Vaccination in Bombay 1889-1901 - 1889-1901
Year: 1889
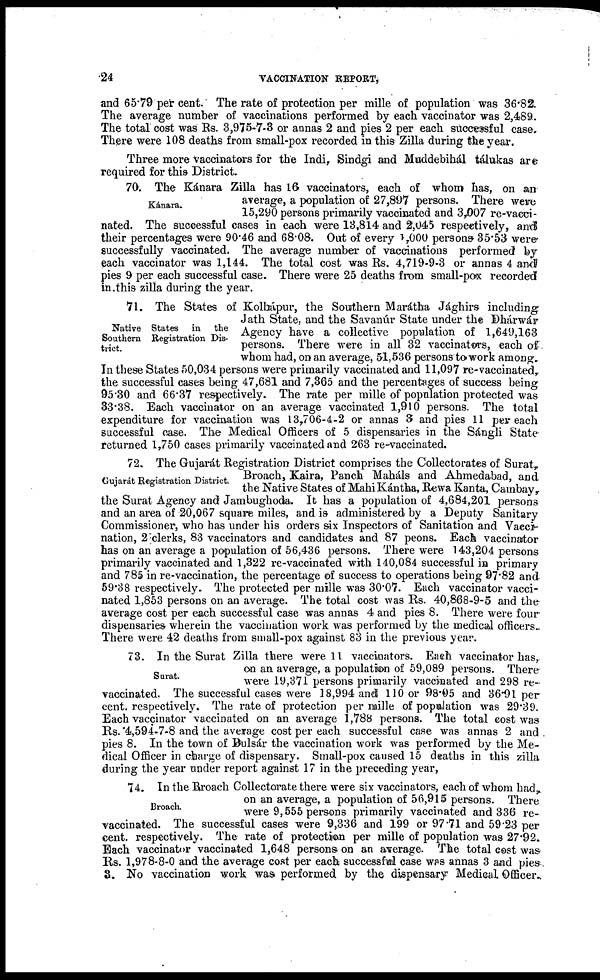
24
VACCINATION REPORT,
and 65.79 per cent. The rate of protection per mille of population was 36.82.
The average number of vaccinations performed by each vaccinator was 2,489.
The total cost was Rs. 3,975-7-3 or annas 2 and pies 2 per each successful case.
There were 108 deaths from small-pox recorded in this Zilla during the year.
Three more vaccinators for the Indi, Sindgi and Muddebihál tálukas are
required for this District.
Kánara.
70. The Kánara Zilla has 16 vaccinators, each of whom has, on an
average, a population of 27,897 persons. There were
15,290 persons primarily vaccinated and 3,007 re-vacci-
nated. The successful cases in each were 13,814 and 2,045 respectively, and
their percentages were 90.46 and 68.08. Out of every 1,000 persons 35.53 were
successfully vaccinated. The average number of vaccinations performed by
each vaccinator was 1,144. The total cost was Rs. 4,719-9-3 or annas 4 and
pies 9 per each successful case. There were 25 deaths from small-pox recorded
in this zilla during the year.
Native States in the
Southern Registration Dis-
trict.
71. The States of Kolhápur, the Southern Marátha Jághirs including
Jath State, and the Savanúr State under the Dhárwár
Agency have a collective population of 1,649,163
persons. There were in all 32 vaccinators, each of
whom had, on an average, 51,536 persons to work among.
In these States 50,034 persons were primarily vaccinated and 11,097 re-vaccinated,
the successful cases being 47,681 and 7,365 and the percentages of success being
95.30 and 66.37 respectively. The rate per mille of population protected was
33.38. Each vaccinator on an average vaccinated 1,910 persons. The total
expenditure for vaccination was 13,706-4-2 or annas 3 and pies 11 per each
successful case. The Medical Officers of 5 dispensaries in the Sángli State
returned 1,750 cases primarily vaccinated and 263 re-vaccinated.
Gujarát Registration District.
72. The Gujarát Registration District comprises the Collectorates of Surat,
Broach, Kaira, Panch Maháls and Ahmedabad, and
the Native States of Mahi Kántha, Rewa Kanta, Cambay,
the Surat Agency and Jambughoda. It has a population of 4,684,201 persons
and an area of 20,067 square miles, and is administered by a Deputy Sanitary
Commissioner, who has under his orders six Inspectors of Sanitation and Vacci-
nation, 2 clerks, 83 vaccinators and candidates and 87 peons. Each vaccinator
has on an average a population of 56,436 persons. There were 143,204 persons
primarily vaccinated and 1,322 re-vaccinated with 140,084 successful in primary
and 785 in re-vaccination, the percentage of success to operations being 97.82 and
59.38 respectively. The protected per mille was 30.07. Each vaccinator vacci-
nated 1,853 persons on an average. The total cost was Rs. 40,868-9-5 and the
average cost per each successful case was annas 4 and pies 8. There were four
dispensaries wherein the vaccination work was performed by the medical officers.
There were 42 deaths from small-pox against 83 in the previous year.
Surat.
73. In the Surat Zilla there were 11 vaccinators. Each vaccinator has,
on an average, a population of 59,089 persons. There
were 19,371 persons primarily vaccinated and 298 re-
vaccinated. The successful cases were 18,994 and 110 or 98.05 and 36.91 per
cent. respectively. The rate of protection per mille of population was 29.39.
Each vaccinator vaccinated on an average 1,788 persons. The total cost was
Rs. 4,594-7-8 and the average cost per each successful case was annas 2 and .
pies 8. In the town of Bulsár the vaccination work was performed by the Me-
dical Officer in charge of dispensary. Small-pox caused 15 deaths in this zilla
during the year under report against 17 in the preceding year,
Broach.
74. In the Broach Collectorate there were six vaccinators, each of whom had,
on an average, a population of 56,915 persons. There
were 9,555 persons primarily vaccinated and 336 re¬
vaccinated. The successful cases were 9,336 and 199 or 97.71 and 59.23 per
cent. respectively. The rate of protection per mille of population was 27.92.
Each vaccinator vaccinated 1,648 persons on an average. The total cost was
Rs. 1,978-8-0 and the average cost per each successful case was annas 3 and